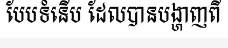
បែបទំនើប ដែលបានបង្ហាញពី